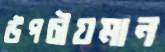
উপচীয়মান